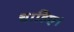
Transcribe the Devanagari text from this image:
चाहिेए।